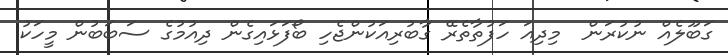
ގަބޫލެއް ނުކުރަން  މިދިއަ ހަފުތާތެރޭ ގާބުރިއަކުންޖެހި ބޯފަޅައިގެން ދިއުމުގެ ސަބަބުން މީހަކު